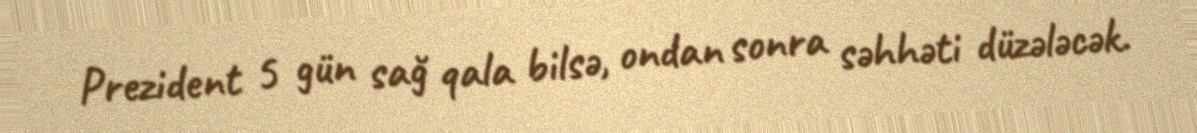
Prezident 5 gün sağ qala bilsə, ondan sonra səhhəti düzələcək.